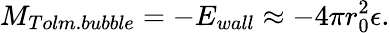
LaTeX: M_{Tolm.bubble}=-E_{wall}\approx-4\pi r_{0}^{2}\epsilon.